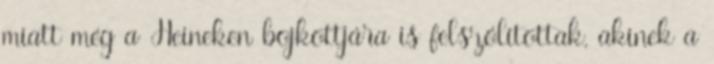
miatt még a Heineken bojkottjára is felszólítottak, akinek a